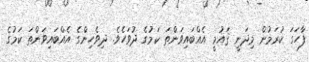
ފާހަގަ ކުރަމުން މިދަނީ ޤައުމީ އެއްބައިވަންތަ ކަމުގެ ދުވަހެވެ. ދިވެހިންގެ އެއްބައިވަންތަ ކަމުގެ